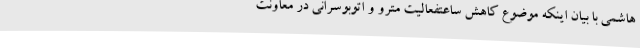
هاشمی با بیان اینکه موضوع کاهش ساعتفعالیت مترو و اتوبوسرانی در معاونت